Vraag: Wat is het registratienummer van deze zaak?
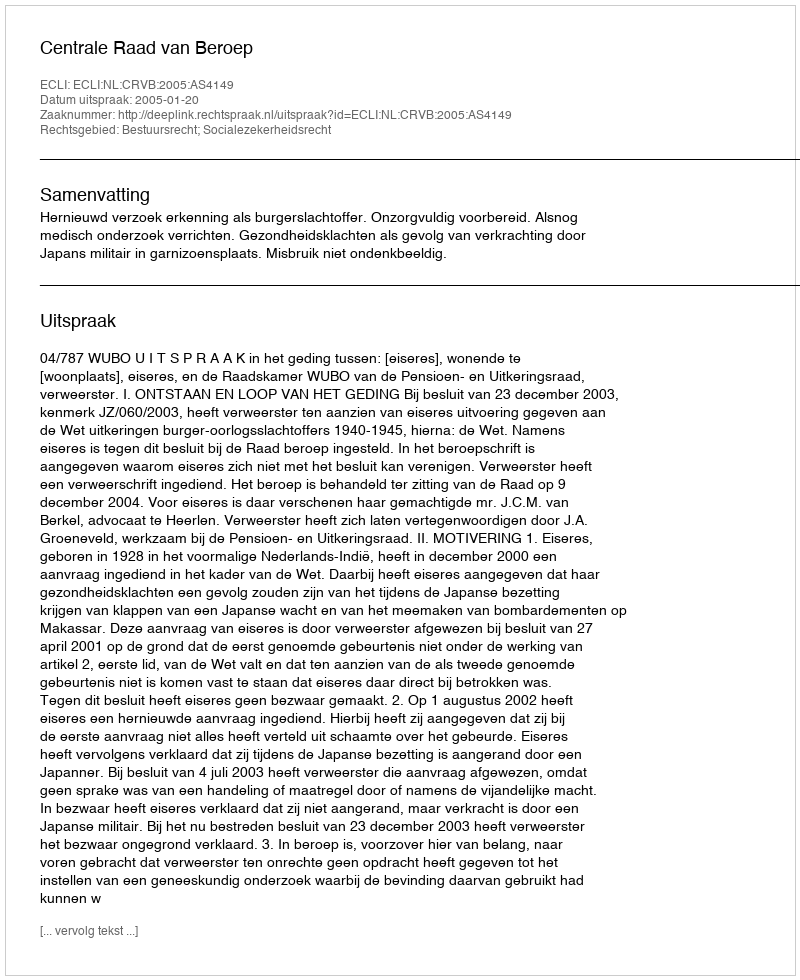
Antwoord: http://deeplink.rechtspraak.nl/uitspraak?id=ECLI:NL:CRVB:2005:AS4149